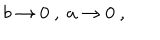
b \rightarrow 0 \ , \ a \rightarrow 0 \ ,